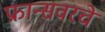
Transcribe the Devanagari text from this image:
फ्रान्सवरचे